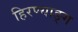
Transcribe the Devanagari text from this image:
हिरण्याङ्ग